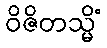
ဝိဇိတသ္မိံ